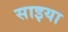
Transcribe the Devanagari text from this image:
साइया